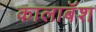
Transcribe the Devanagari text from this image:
कालाबॅश